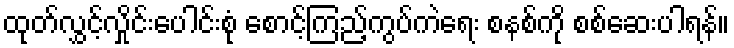
ထုတ်လွှင့်လှိုင်းပေါင်းစုံ စောင့်ကြည့်ကွပ်ကဲရေး စနစ်ကို စစ်ဆေးပါရန်။